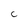
Character: C